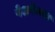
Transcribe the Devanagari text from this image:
पेशवेकाल